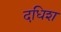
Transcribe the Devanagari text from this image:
दधिश